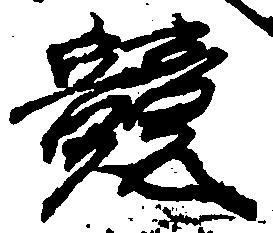
競